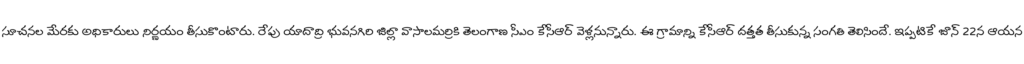
సూచనల మేరకు అధికారులు నిర్ణయం తీసుకొంటారు. రేపు యాదాద్రి భువనగిరి జిల్లా వాసాలమర్రికి తెలంగాణ సీఎం కేసీఆర్ వెళ్లనున్నారు. ఈ గ్రామాన్ని కేసీఆర్ దత్తత తీసుకున్న సంగతి తెలిసిందే. ఇప్పటికే జూన్ 22న ఆయన